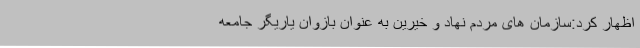
اظهار کرد:سازمان های مردم نهاد و خیرین به عنوان بازوان یاریگر جامعه